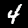
Digit: 4